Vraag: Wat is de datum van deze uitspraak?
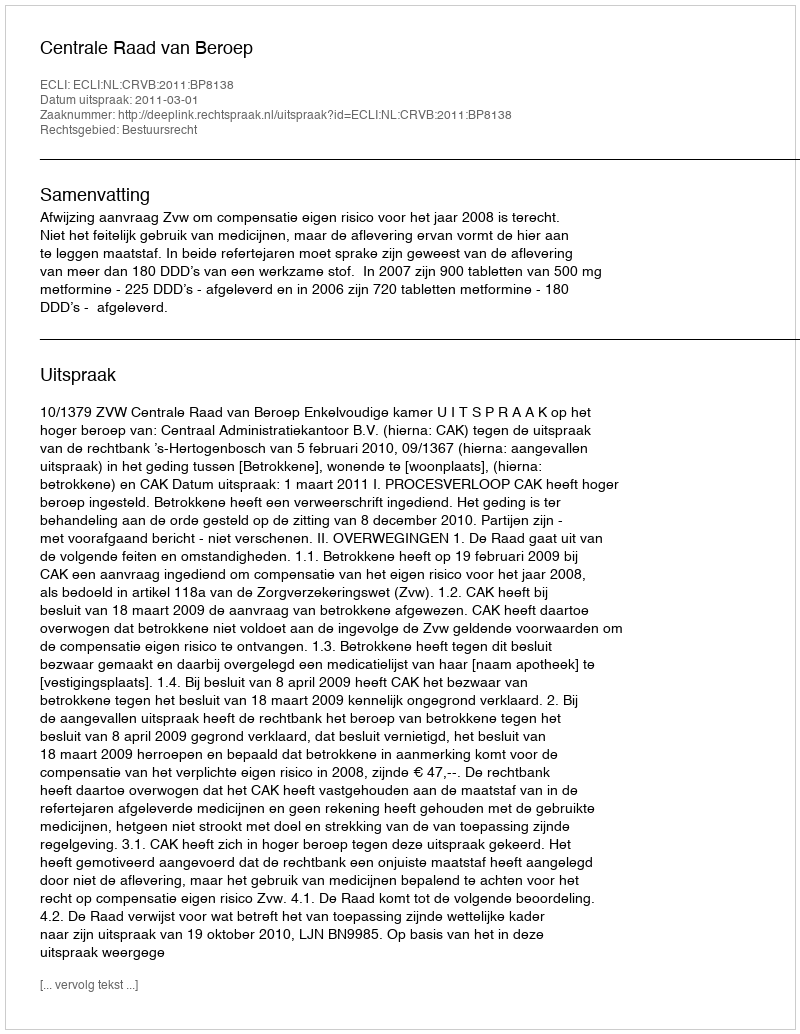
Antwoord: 2011-03-01